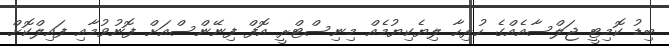
ބިޑު ކޮމިޓީ ޖަލްސާއެއްގެ ހުރިހާ ލިޔެކިޔުމެއް މިނިސްޓްރީ އޮފް ފިނޭންސްއަށް ފޮނުވުމާއި ފައިލްކޮށް